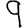
Digit: 9